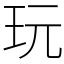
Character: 玩